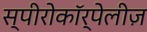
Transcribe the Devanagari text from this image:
स्पीरोकॉर्पेलीज़